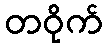
တဝိုက်